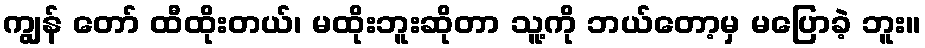
ကျွန် တော် ထီထိုးတယ်၊ မထိုးဘူးဆိုတာ သူ့ကို ဘယ်တော့မှ မပြောခဲ့ ဘူး။